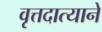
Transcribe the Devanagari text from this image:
वृत्तदात्याने